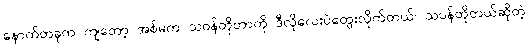
နောက်တခုက ကျတော့ အစ်မက သဝန်တိုတာကို ဒီလိုလေးပဲတွေးလိုက်တယ်၊ သဝန်တိုတယ်ဆိုတဲ့